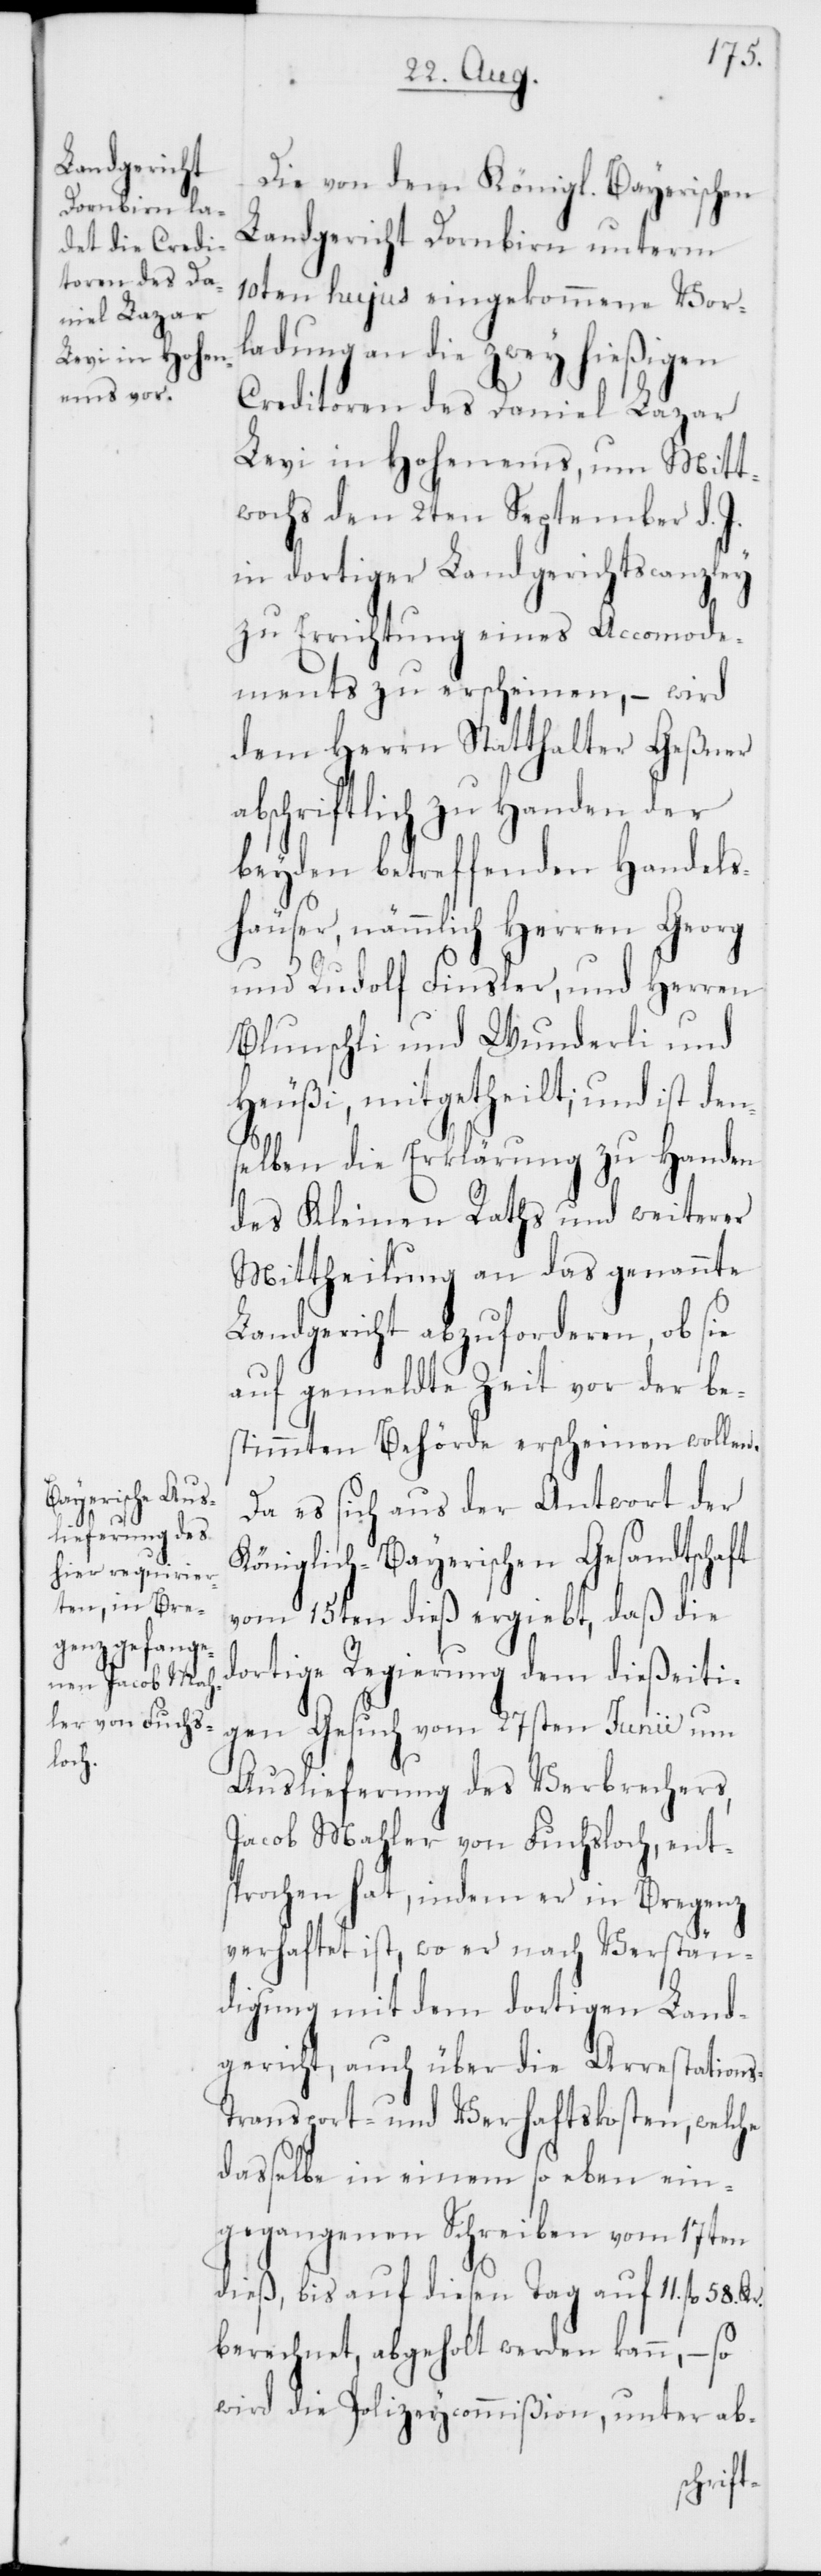
s-[,]
Da es sich aus der Antwort der
Königlich-Bayerischen Gesandtschaft
vom 15ten dieß ergiebt, daß die
dortige Regierung dem dießeiti¬
gen Gesuch vom 27sten Junii um
Auslieferung des Verbrechers,
Jacob Mahler von Fuchsloch, ent¬
sprochen hat, indem er in Bregenz
verhaftet ist, wo er nach Verstän¬
digung mit dem dortigen Land¬
gericht, auch über die Arrestation¬
Transport- und Verhaftkosten, welche
dasselbe in einem so eben ein¬
gegangenen Schreiben vom 17ten
dieß, bis auf diesen Tag auf 11. fl.
berechnet, abgeholt werden kann, – so
wird die Polizeycommißion, unter ab-